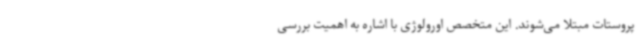
پروستات مبتلا می‌شوند. این متخصص اورولوژی با اشاره به اهمیت بررسی